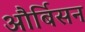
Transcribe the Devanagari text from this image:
और्बिसन